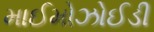
માઈમોઝોઈડી